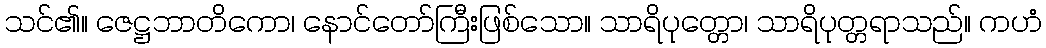
သင်၏။ ဇေဋ္ဌဘာတိကော၊ နောင်တော်ကြီးဖြစ်သော။ သာရိပုတ္တော၊ သာရိပုတ္တရာသည်။ ကဟံ